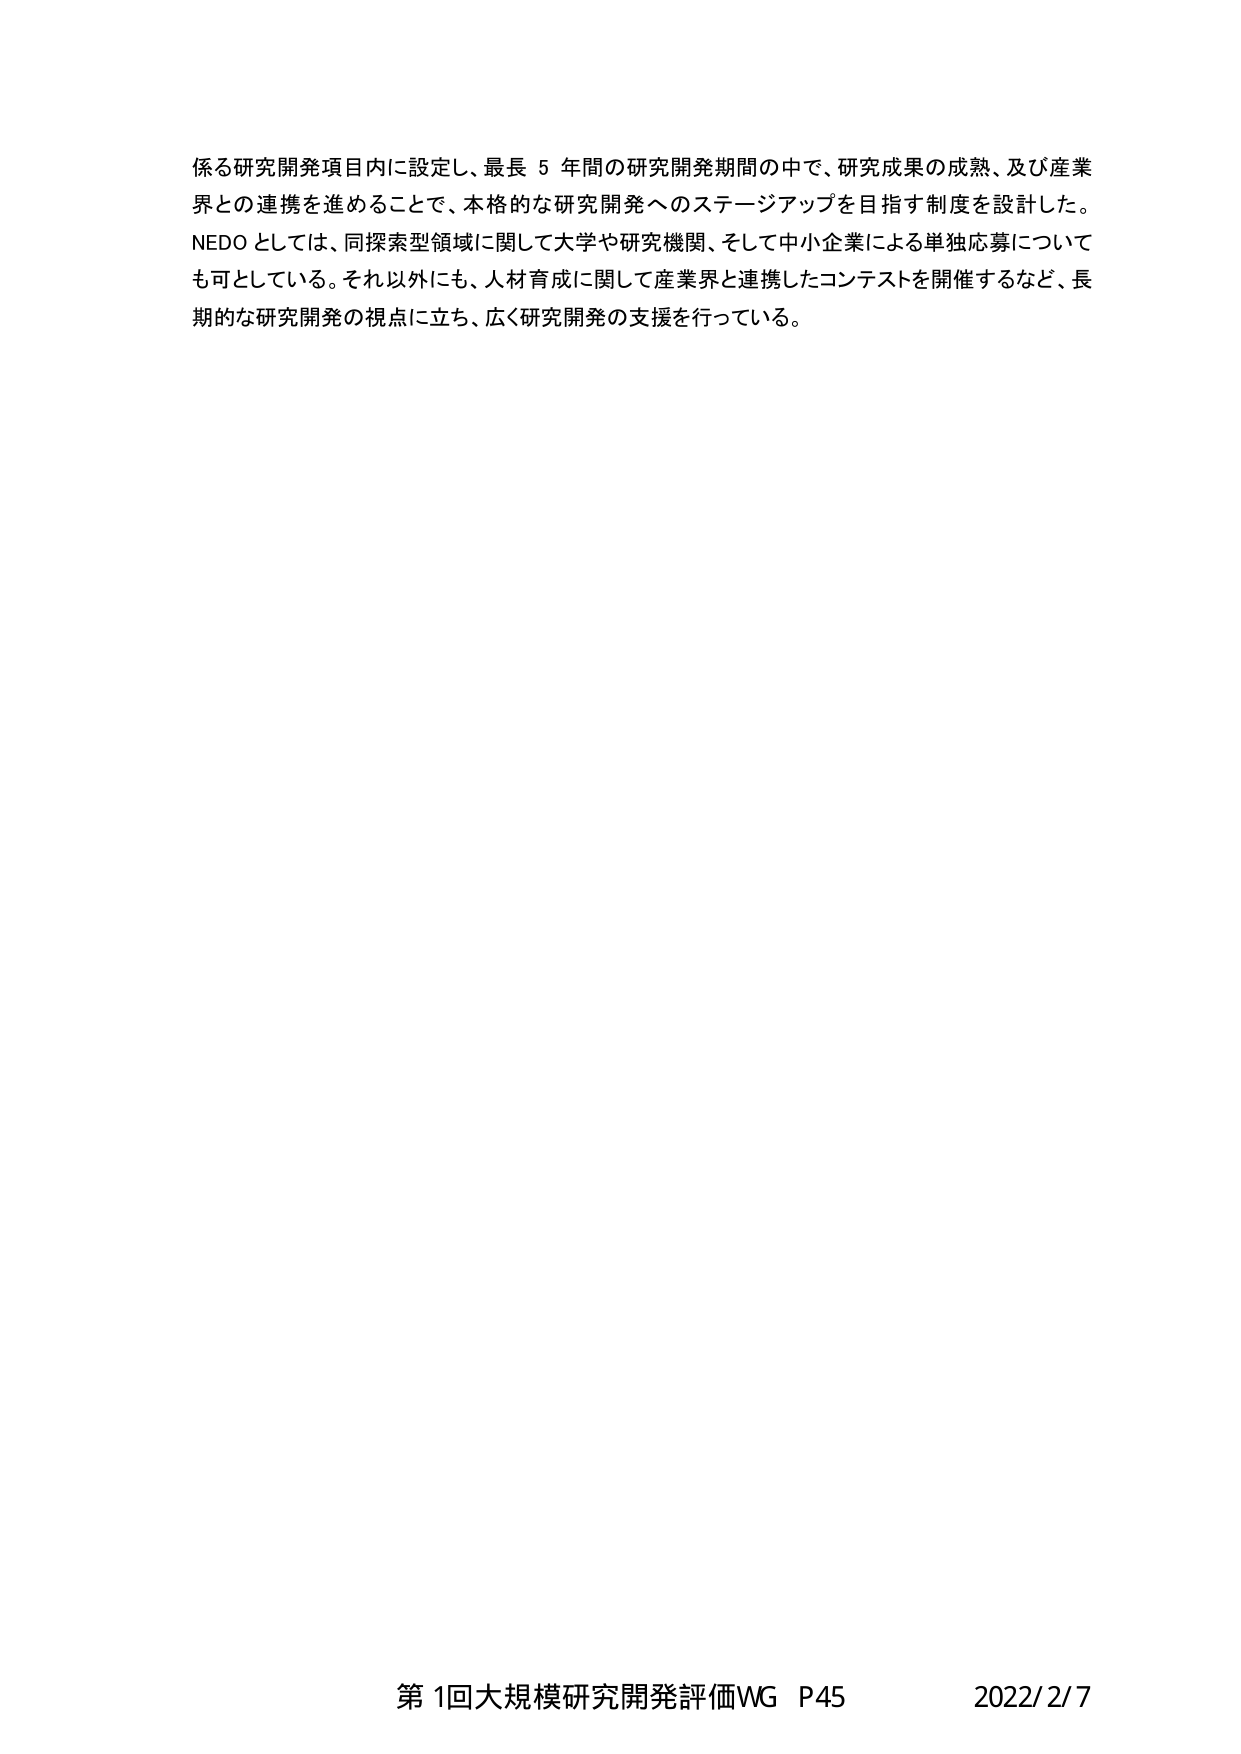
係る研究開発項目内に設定し、最長５年間の研究開発期間の中で、研究成果の成熟、及び産業界との連携を進めることで、本格的な研究開発へのステージアップを目指す制度を設計した。NEDOとしては、同探索型領域に関して大学や研究機関、そして中小企業による単独応募についても可としている。それ以外にも、人材育成に関して産業界と連携したコンテストを開催するなど、長期的な研究開発の視点に立ち、広く研究開発の支援を行っている。

第1回大規模研究開発評価WG P45 2022/2/7